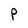
Character: P